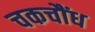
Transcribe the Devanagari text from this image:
चकचौंध